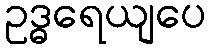
ဥဒ္ဓရေယျပေ